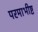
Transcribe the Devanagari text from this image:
परमाभीष्ट